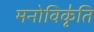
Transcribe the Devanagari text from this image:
मनोविकृ॑ति